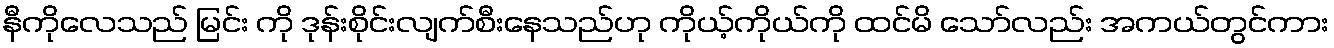
နီကိုလေသည် မြင်း ကို ဒုန်းစိုင်းလျက်စီးနေသည်ဟု ကိုယ့်ကိုယ်ကို ထင်မိ သော်လည်း အကယ်တွင်ကား